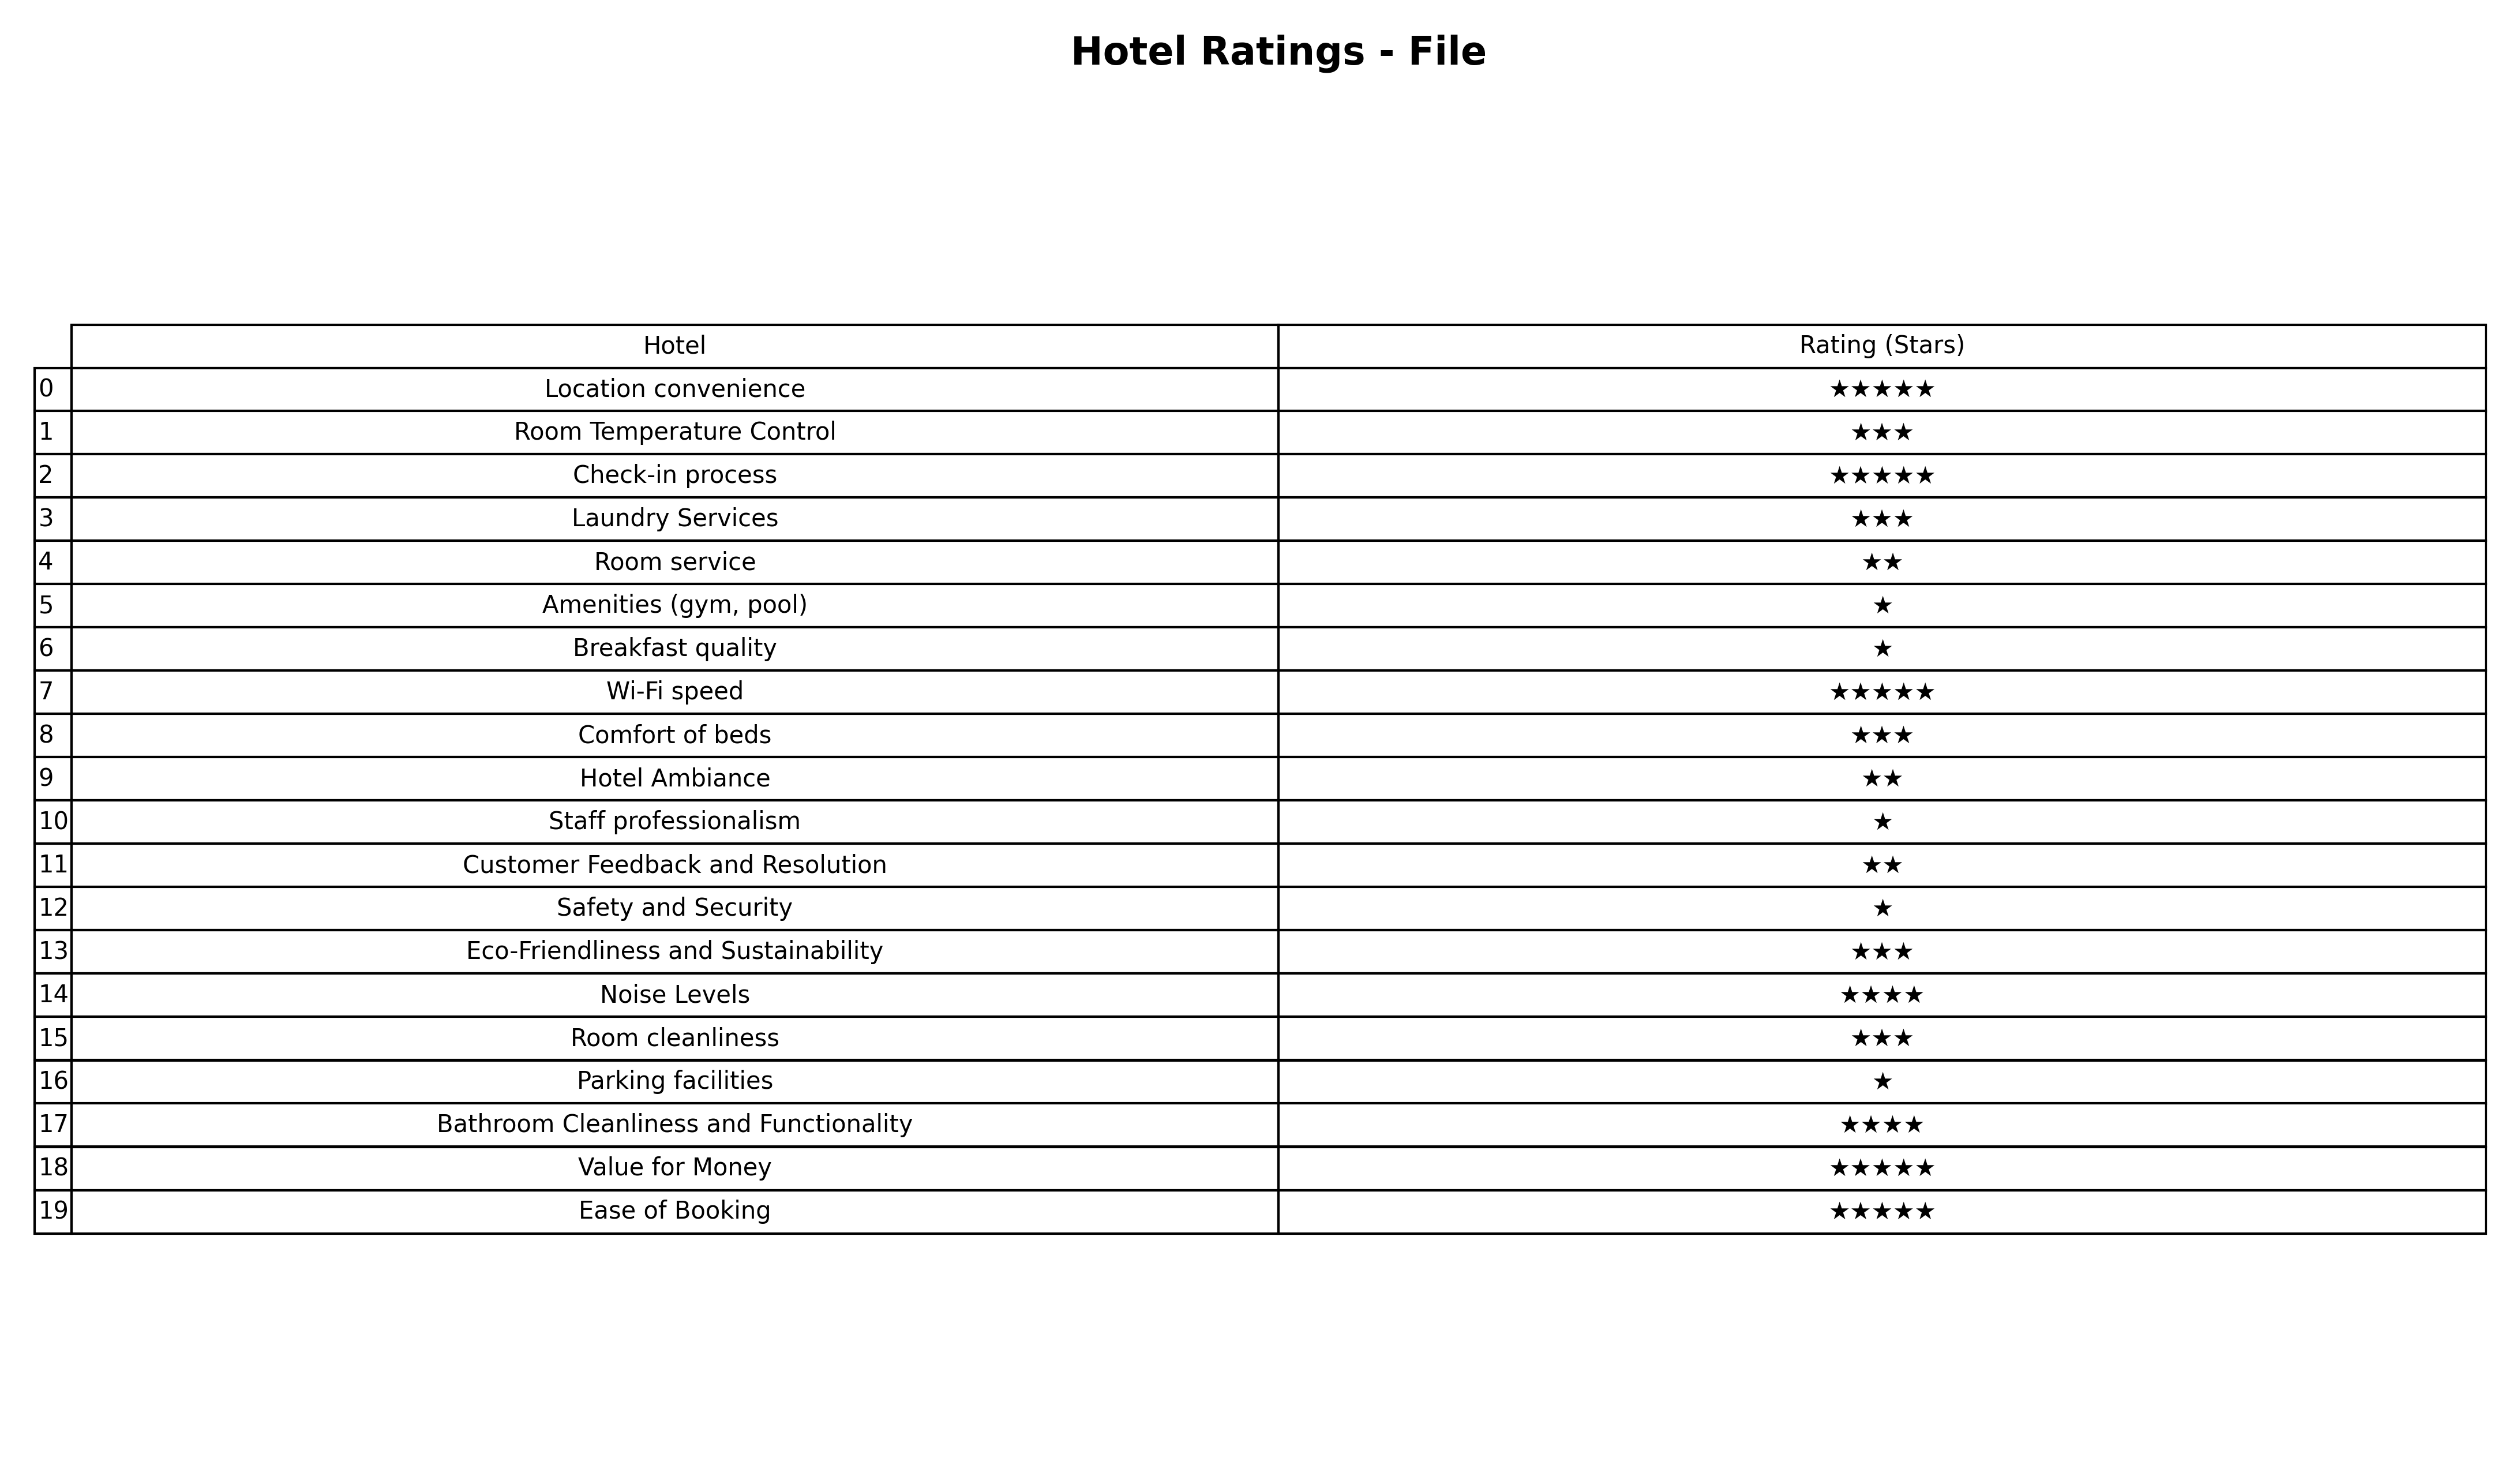
question: What are five star services?
answer: Location convenienceCheck-in processWi-Fi speedValue for MoneyEase of Booking